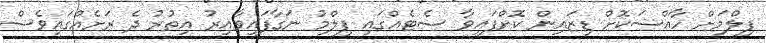
ފިލްމަށް ހާއްސަކޮށް ޑިޒައިން ކޮށްފައިވާ ސެޓެއްގައި ފިލްމު ނަގާފައިވާއިރު އިތުރު ދެ ރަށެއްގައިވެސް